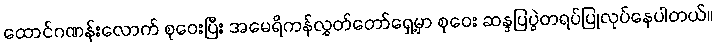
ထောင်ဂဏန်းလောက် စုဝေးပြီး အမေရိကန်လွှတ်တော်ရှေ့မှာ စုဝေး ဆန္ဒပြပွဲတရပ်ပြုလုပ်နေပါတယ်။